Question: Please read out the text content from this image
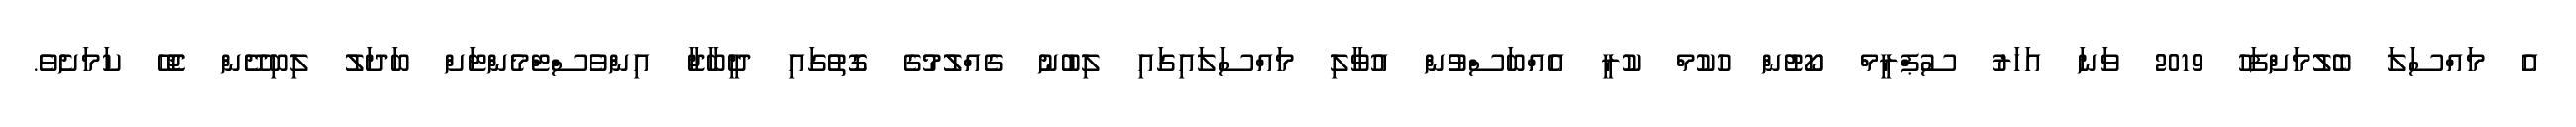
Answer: އެ މައްސަލަ ބެލުމަށްފަހު 2019 ވަނަ އަހަރު ސުޕްރީމް ކޯޓުން ހުކުމް ކުރީ އެއްބަސްވުން އުވާލި މައްސަލައިގައި ލިބުނު ގެއްލުމުގެ ގޮތުގައި ދީބާޖާ އިންވެސްޓްމެންޓަށް ބަދަލު ލިބިދޭން ޖެހޭ ކަމަށެވެ.